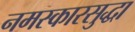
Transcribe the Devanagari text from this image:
नमस्कारसुद्धा